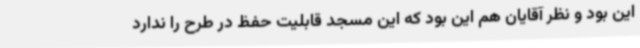
این بود و نظر آقایان هم این بود که این مسجد قابلیت حفظ در طرح را ندارد